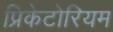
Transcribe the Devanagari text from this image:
प्रिकेटोरियम